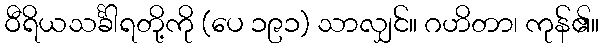
ဝီရိယသင်္ခါရတို့ကို (ပေ ၁၉၁) သာလျှင်။ ဂဟိတာ၊ ကုန်၏။